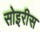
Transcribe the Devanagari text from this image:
सोइरीस